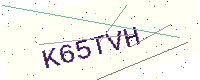
Text: K65TVH